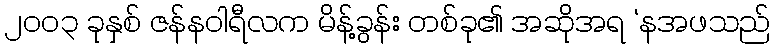
၂၀၀၃ ခုနှစ် ဇန်နဝါရီလက မိန့်ခွန်း တစ်ခု၏ အဆိုအရ ‘နအဖသည်